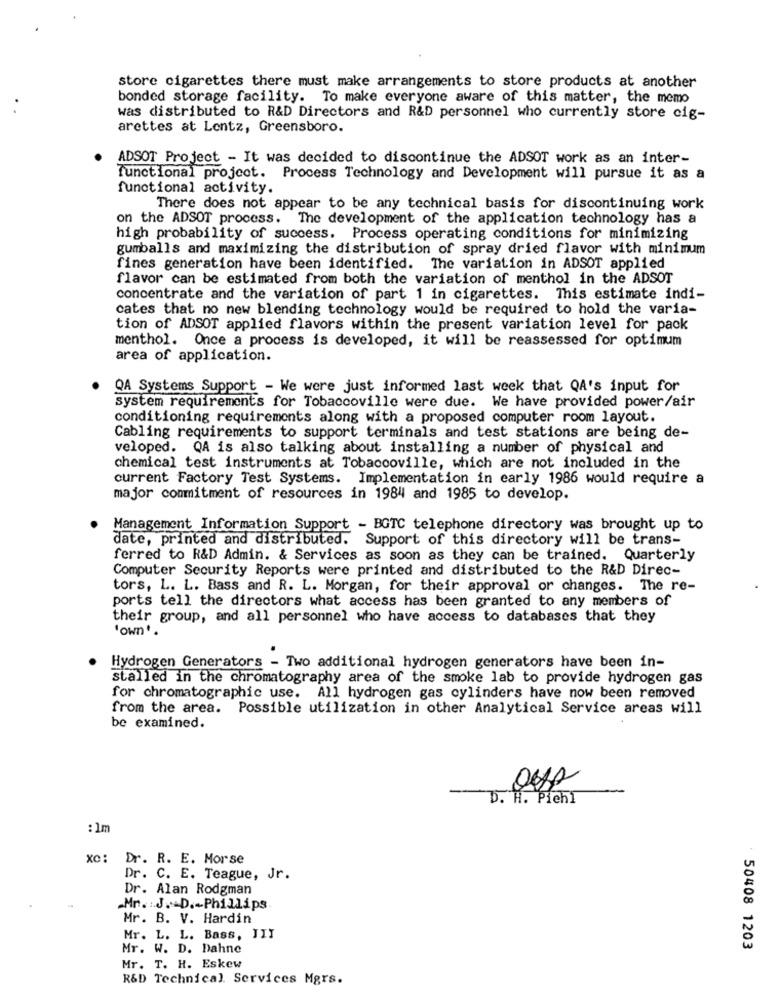
store cigarettes there must make arrangements to store products at another
bonded storage facility. To make everyone aware of this matter, the memo
was distributed to R&D Directors and R&D personnel who currently store cig-
arettes at Lentz, Greensboro.
ADSOT Project - It was decided to discontinue the ADSOT work as an inter-
functional project. Process Technology and Development will pursue it as a
functional activity.
There does not appear to be any technical basis for discontinuing work
on the ADSOT process. The development of the application technology has a
high probability of success. Process operating conditions for minimizing
gumballs and maximizing the distribution of spray dried flavor with minimum
fines generation have been identified. The variation in ADSOT applied
flavor can be estimated from both the variation of menthol in the ADSOT
concentrate and the variation of part 1 in cigarettes. This estimate indi-
cates that no new blending technology would be required to hold the varia-
tion of ADSOT applied flavors within the present variation level for pack
menthol. Once a process is developed, it will be reassessed for optimum
area of application.
QA Systems Support - We were just informed last week that QA's input for
system requirements for Tobaccoville were due. We have provided power/air
conditioning requirements along with a proposed computer room layout.
Cabling requirements to support terminals and test stations are being de-
veloped. QA is also talking about installing a number of physical and
chemical test instruments at Tobaccoville, which are not included in the
current Factory Test Systems. Implementation in early 1986 would require a
major commitment of resources in 1984 and 1985 to develop.
Management Information Support - BGTC telephone directory was brought up to
date, printed and distributed. Support of this directory will be trans-
ferred to R&D Admin. & Services as soon as they can be trained. Quarterly
Computer Security Reports were printed and distributed to the R&D Direc-
tors, L. L. Bass and R. L. Morgan, for their approval or changes. The re-
ports tell the directors what access has been granted to any members of
their group, and all personnel who have access to databases that they
'own".
Hydrogen Generators - Two additional hydrogen generators have been in-
stalled in the chromatography area of the smoke lab to provide hydrogen gas
for chromatographic use. All hydrogen gas cylinders have now been removed
from the area. Possible utilization in other Analytical Service areas will
be examined.
D. H. Pichl
: 1m
xC:
Dr. R. E. Morse
Dr. C. E. Teague, Jr.
Dr. Alan Rodgman
Mn. . J. D .- Phillips
Mr. B. V. Hardin
Mr. L. L. Bass, JIJ
Mr. W. D. Dahne
50408 1203
Mr. T. H. Eskew
R&D Technical Services Mgrs.